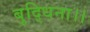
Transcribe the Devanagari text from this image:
बुद्धिना।।